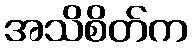
အသိစိတ်က